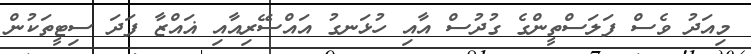
މިއަދު ވެސް ފަލަސްތީންގެ ގުދުސް އާއި ހުޅަނގު އައްސޭރިއާއި ޣައްޒާ ފަދަ ސިޓީތަކުން